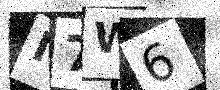
Text: I7W6